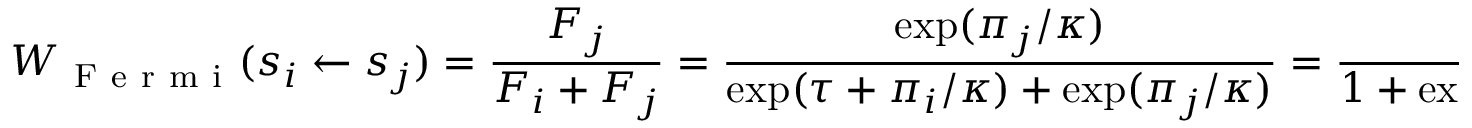
W _ { \mathrm { ~ F ~ e ~ r ~ m ~ i ~ } } ( s _ { i } \gets s _ { j } ) = \frac { F _ { j } } { F _ { i } + F _ { j } } = \frac { \exp ( \pi _ { j } / \kappa ) } { \exp ( \tau + \pi _ { i } / \kappa ) + \exp ( \pi _ { j } / \kappa ) } = \frac { 1 } { 1 + \exp ( \tau + ( \pi _ { i } - \pi _ { j } ) / \kappa ) } ;